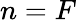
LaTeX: n=F